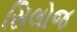
સિલોજ